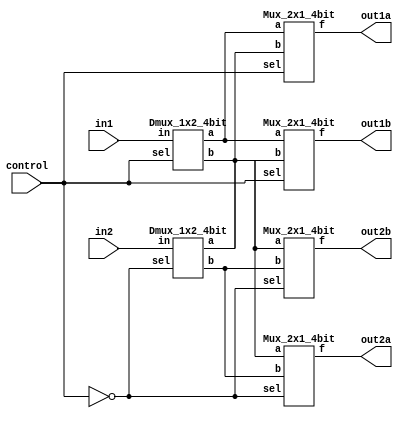
`timescale 1ns/1ps

module Crossbar_2x2_4bit(in1, in2, control, out1a, out1b, out2a, out2b);
    input [4-1:0] in1, in2;
    input control;
    output [4-1:0] out1a, out1b, out2a, out2b;
    
    wire negcontrol;
    not not1(negcontrol, control);
    
    wire [4-1:0]DmuxOutTopA, DmuxOutTopB, DmuxOutBotA, DmuxOutBotB;
    
    //dmux part
    Dmux_1x2_4bit TopDmux(in1, DmuxOutTopA, DmuxOutTopB, control);
    Dmux_1x2_4bit BotDmux(in2, DmuxOutBotA, DmuxOutBotB, negcontrol);
    
    //mux part (out1)
    Mux_2x1_4bit TopMuxA(out1a, DmuxOutTopA, DmuxOutBotA, control);
    Mux_2x1_4bit TopMuxB(out1b, DmuxOutTopA, DmuxOutBotA, control);

    //mux part (out2)
    Mux_2x1_4bit BotMuxA(out2a, DmuxOutTopB, DmuxOutBotB, negcontrol);
    Mux_2x1_4bit BotMuxB(out2b, DmuxOutTopB, DmuxOutBotB, negcontrol);
    
endmodule

module Dmux_1x2_4bit(in, a, b, sel);
    input [4-1:0] in;
    input sel;
    output [4-1:0] a,b;
    
    wire notsel;
    not notselwire(notsel, sel);
    
    and and_a0(a[0], in[0], notsel);
    and and_a1(a[1], in[1], notsel);
    and and_a2(a[2], in[2], notsel);
    and and_a3(a[3], in[3], notsel);
    
    and and_b0(b[0], in[0], sel);
    and and_b1(b[1], in[1], sel);
    and and_b2(b[2], in[2], sel);
    and and_b3(b[3], in[3], sel);
    
endmodule

module Mux_2x1_4bit(f, a, b, sel);
        input [4-1:0] a,b;
        input sel;
        output [4-1:0] f;
    
        wire selbar;
        wire [2-1:0]n1,n2,n3,n4;
    
        not notw(selbar, sel);
    
        and and0(n1[0], a[0], selbar);
        and and0a(n1[1], b[0], sel);
    
        and and1(n2[0], a[1], selbar);
        and and1a(n2[1], b[1], sel);    
    
        and and2(n3[0], a[2], selbar);
        and and2a(n3[1], b[2], sel);
    
        and and3(n4[0], a[3], selbar);
        and and3a(n4[1], b[3], sel);
    
        or or0(f[0], n1[0],n1[1]);
        or or1(f[1], n2[0],n2[1]);
        or or2(f[2], n3[0],n3[1]);
        or or3(f[3], n4[0],n4[1]);
endmodule